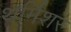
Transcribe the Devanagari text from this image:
थर्मिशर